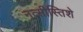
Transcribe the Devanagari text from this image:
नत्सीस्तिशे